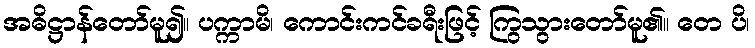
အဓိဋ္ဌာန်တော်မူ၍။ ပက္ကာမိ၊ ကောင်းကင်ခရီးဖြင့် ကြွသွားတော်မူ၏။ တေ ပိ၊